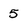
Character: 5